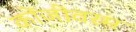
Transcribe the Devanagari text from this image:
कोंजीवरम